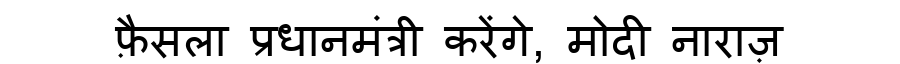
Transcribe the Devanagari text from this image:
फ़ैसला प्रधानमंत्री करेंगे, मोदी नाराज़